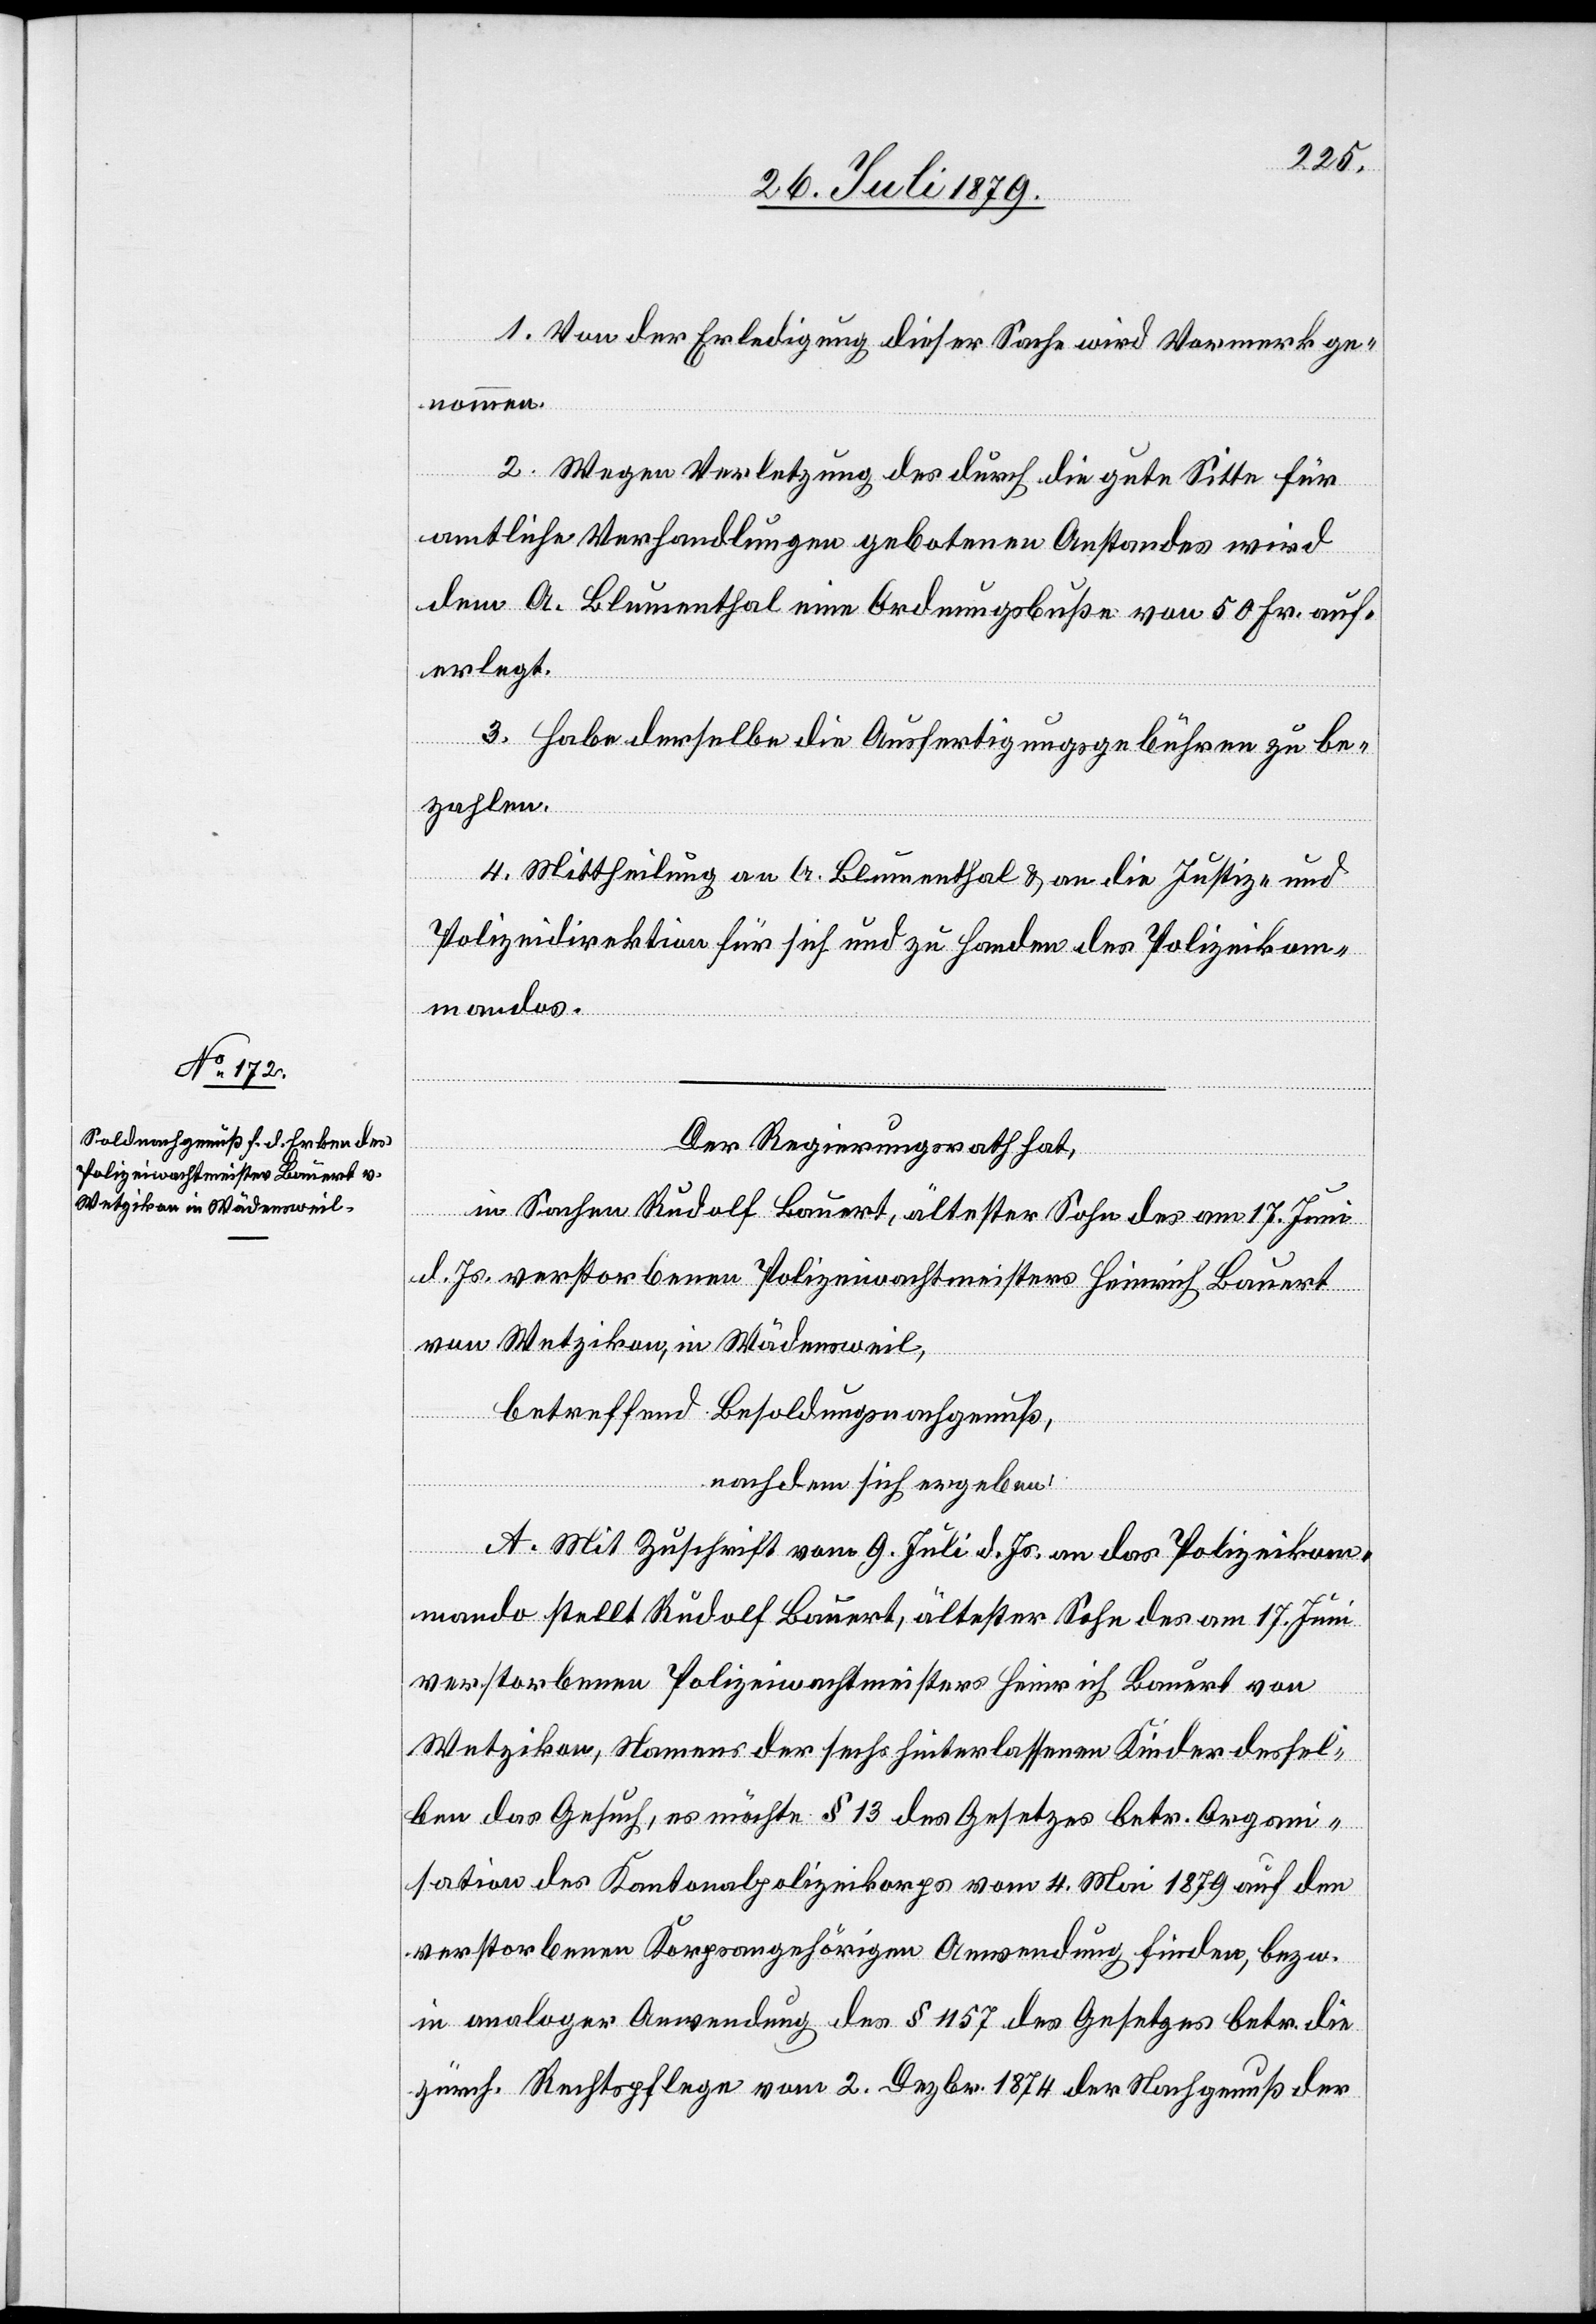
1. Von der Erledigung dieser Sache wird Vormerk ge¬
nommen.
2. Wegen Verletzung des durch die gute Sitte für
amtliche Verhandlungen gebotenen Anstandes wird
dem A. Blumenthal eine Ordnungsbuße von 50 Fr. auf¬
erlegt.
3. Habe derselbe die Ausfertigungsgebühren zu be¬
zahlen.
4. Mittheilung an A. Blumenthal & an die Justiz- &
Polizeidirektion für sich und zu Handen des Polizeikom¬
mandos.
Der Regierungsrath hat,
in Sachen Rudolf Bauert, ältester Sohn des am 17. Juni
d. Js. verstorbenen Polizeiwachtmeisters Heinrich Bauert
von Wetzikon, in Wädensweil,
betreffend Besoldungsnachgenuß,
nachdem sich ergeben:
A. Mit Zuschrift vom 9. Juli d. Js. an das Polizeikom¬
mando stellt Rudolf Bauert, ältester Sohn des am 17. Juni
verstorbenen Polizeiwachtmeisters Heinrich Bauert von
Wetzikon, Namens der sechs hinterlassenen Kinder dessel¬
ben das Gesuch, es möchte § 13 des Gesetzes betr. Organi¬
sation des Kantonalpolizeikorps vom 4. Mai 1879 auf den
verstorbenen Korpsangehörigen Anwendung finden, bezw.
in analoger Anwendung des § 1157 des Gesetzes betr. die
zürch. Rechtspflege vom 2. Dezbr. 1874 der Nachgenuß der